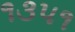
૧૩૫૧